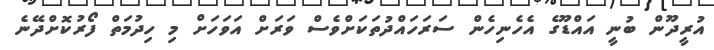
އުރީދޫން ބުނީ އައްޑޫގެ އެހެނިހެން ސަރަހައްދުތަކަށްވެސް ވަރަށް އަވަހަށް މި ހިދުމަތް ފޯރުކޮށްދޭނެ